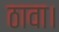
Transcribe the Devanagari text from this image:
ठावा।